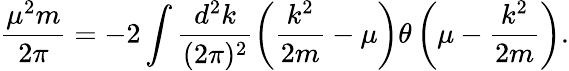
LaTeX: \frac{\mu^{2}m}{2\pi}=-2\int\frac{d^{2}k}{(2\pi)^{2}}\left(\frac{k^{2}}{2m}-\mu\right)\theta\left(\mu-\frac{k^{2}}{2m}\right).